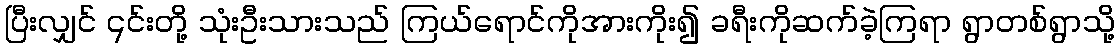
ပြီးလျှင် ၎င်းတို့ သုံးဦးသားသည် ကြယ်ရောင်ကိုအားကိုး၍ ခရီးကိုဆက်ခဲ့ကြရာ ရွာတစ်ရွာသို့